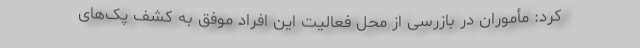
کرد: مأموران در بازرسی از محل فعالیت این افراد موفق به کشف پک‌های